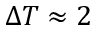
\Delta T \approx 2